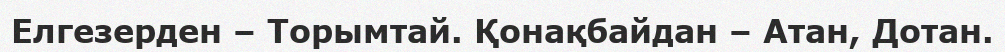
Елгезерден – Торымтай. Қонақбайдан – Атан, Дотан.